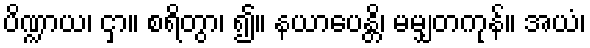
ပိဏ္ဍာယ၊ ငှာ။ စရိတွာ၊ ၍။ နယာပေန္တိ၊ မမျှတကုန်။ အယံ၊